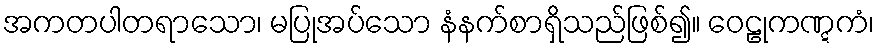
အကတပါတရာသော၊ မပြုအပ်သော နံနက်စာရှိသည်ဖြစ်၍။ ဝေဠုကဏ္ဋကံ၊